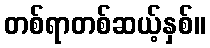
တစ်ရာတစ်ဆယ့်နှစ်။